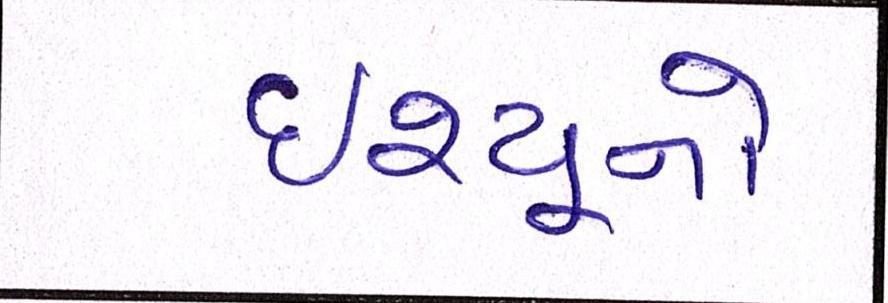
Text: ઇશ્યૂનો